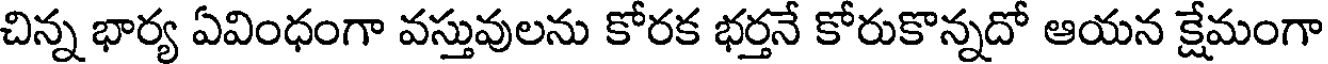
చిన్న భార్య ఏవింధంగా వస్తువులను కోరక భర్తనే కోరుకొన్నదో ఆయన క్షేమంగా